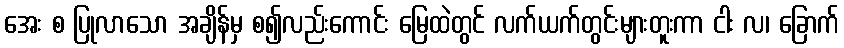
အေး စ ပြုလာသော အချိန်မှ စ၍လည်းကောင်း မြေထဲတွင် လက်ယက်တွင်းများတူးကာ ငါး လ၊ ခြောက်